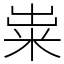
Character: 粜